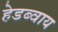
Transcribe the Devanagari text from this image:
हेडब्वाय